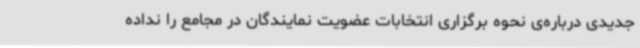
جدیدی درباره‌ی نحوه برگزاری انتخابات عضویت نمایندگان در مجامع را نداده